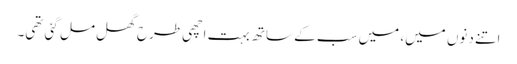
اتنے دنوں میں، میں سب کے ساتھ بہت اچھی طرح گھل مل گئی تھی۔